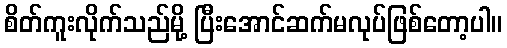
စိတ်ကူးလိုက်သည်မို့ ပြီးအောင်ဆက်မလုပ်ဖြစ်တော့ပါ။